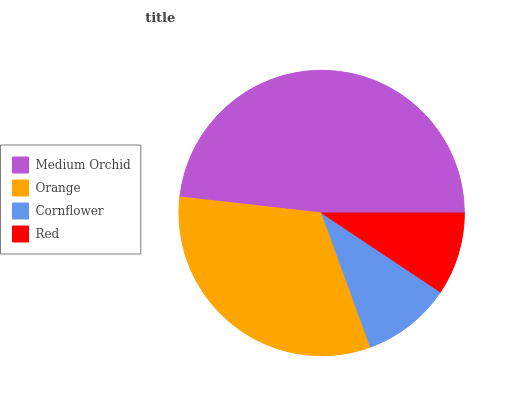
| Medium Orchid | Orange | Cornflower | Red |
 | --- | --- | --- | --- |
 | 48.2% | 32.3% | 10.1% | 9.34% |